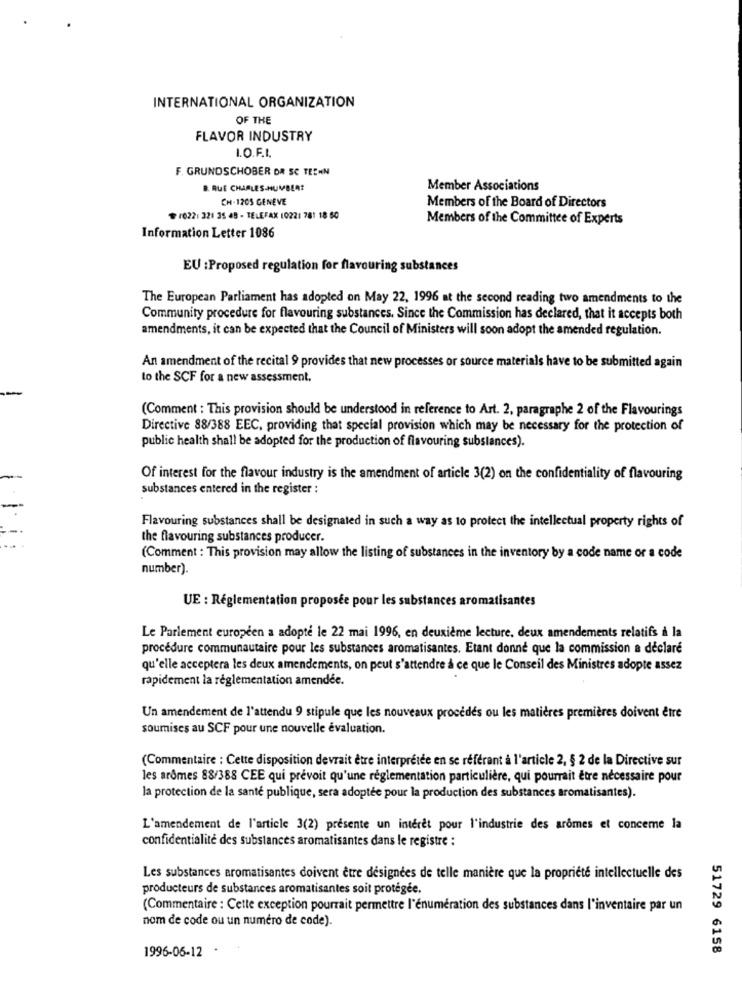
INTERNATIONAL ORGANIZATION
OF THE
FLAVOR INDUSTRY
I.O.F.I.
F. GRUNDSCHOBER OR SC TECHN
B. RUE CHARLES-HUMBERT
Member Associations
CH-1205 GENEVE
Members of the Board of Directors
10221 321 35 48 - TELEFAX 10221 781 18 60
Members of the Committee of Experts
Information Letter 1086
EU :Proposed regulation for flavouring substances
The European Parliament has adopted on May 22, 1996 at the second reading two amendments to the
Community procedure for flavouring substances. Since the Commission has declared, that it accepts both
amendments, it can be expected that the Council of Ministers will soon adopt the amended regulation.
An amendment of the recital 9 provides that new processes or source materials have to be submitted again
to the SCF for a new assessment.
(Comment : This provision should be understood in reference to Art. 2, paragraphe 2 of the Flavourings
Directive 88/388 EEC, providing that special provision which may be necessary for the protection of
public health shall be adopted for the production of flavouring substances).
Of interest for the flavour industry is the amendment of article 3(2) on the confidentiality of flavouring
substances entered in the register :
Flavouring substances shall be designated in such a way as to protect the intellectual property rights of
the flavouring substances producer.
(Comment : This provision may allow the listing of substances in the inventory by a code name or a code
number).
UE : Réglementation proposée pour les substances aromatisantes
Le Parlement européen a adopte le 22 mai 1996, en deuxième lecture, deux amendements relatifs à la
procédure communautaire pour les substances aromatisantes. Etant donné que la commission a déclaré
qu'elle acceptera les deux amendements, on peut s'attendre à ce que le Conseil des Ministres adopte assez
rapidement la réglementation amendée.
Un amendement de l'attendu 9 stipule que les nouveaux procédés ou les matières premières doivent être
soumises au SCF pour une nouvelle évaluation.
(Commentaire : Cette disposition devrait être interprétée en se référant à l'article 2, § 2 de la Directive sur
les arômes 88/388 CEE qui prévoit qu'une réglementation particulière, qui pourrait être nécessaire pour
la protection de la santé publique, sera adoptée pour la production des substances aromatisantes).
L'amendement de l'article 3(2) presente un interet pour l'industrie des arômes et conceme la
confidentialité des substances aromatisantes dans le registre :
Les substances aromatisantes doivent être designees de telle manière que la propriété intellectuelle des
producteurs de substances aromatisantes soit protégée.
(Commentaire : Cette exception pourrait permettre l'énumération des substances dans l'inventaire par un
nom de code ou un numero de code).
1996-06-12 .
51729 6158